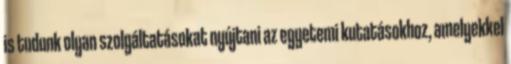
is tudunk olyan szolgáltatásokat nyújtani az egyetemi kutatásokhoz, amelyekkel